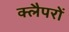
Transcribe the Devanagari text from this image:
क्लैपरों